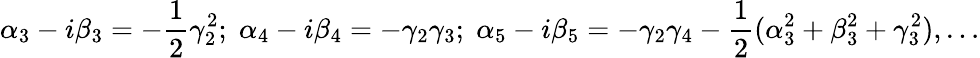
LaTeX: \alpha_{3}-i\beta_{3}=-\frac{1}{2}\gamma_{2}^{2};\; \alpha_{4}-i\beta_{4}=-\gamma_{2}\gamma_{3};\; \alpha_{5}-i\beta_{5}=-\gamma_{2}\gamma_{4}-\frac{1}{2}(\alpha_{3}^{2}+\beta_{3}^{2}+\gamma_{3}^{2}),\dots